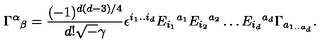
\Gamma ^ { \alpha } { } _ { \beta } = \frac { ( - 1 ) ^ { d ( d - 3 ) / 4 } } { d ! { \sqrt - \gamma } } \epsilon ^ { i _ { 1 } . . i _ { d } } E _ { i _ { 1 } } { } ^ { a _ { 1 } } E _ { i _ { 2 } } { } ^ { a _ { 2 } } \ldots E _ { i _ { d } } { } ^ { a _ { d } } \Gamma _ { a _ { 1 . . a { _ d } } } .